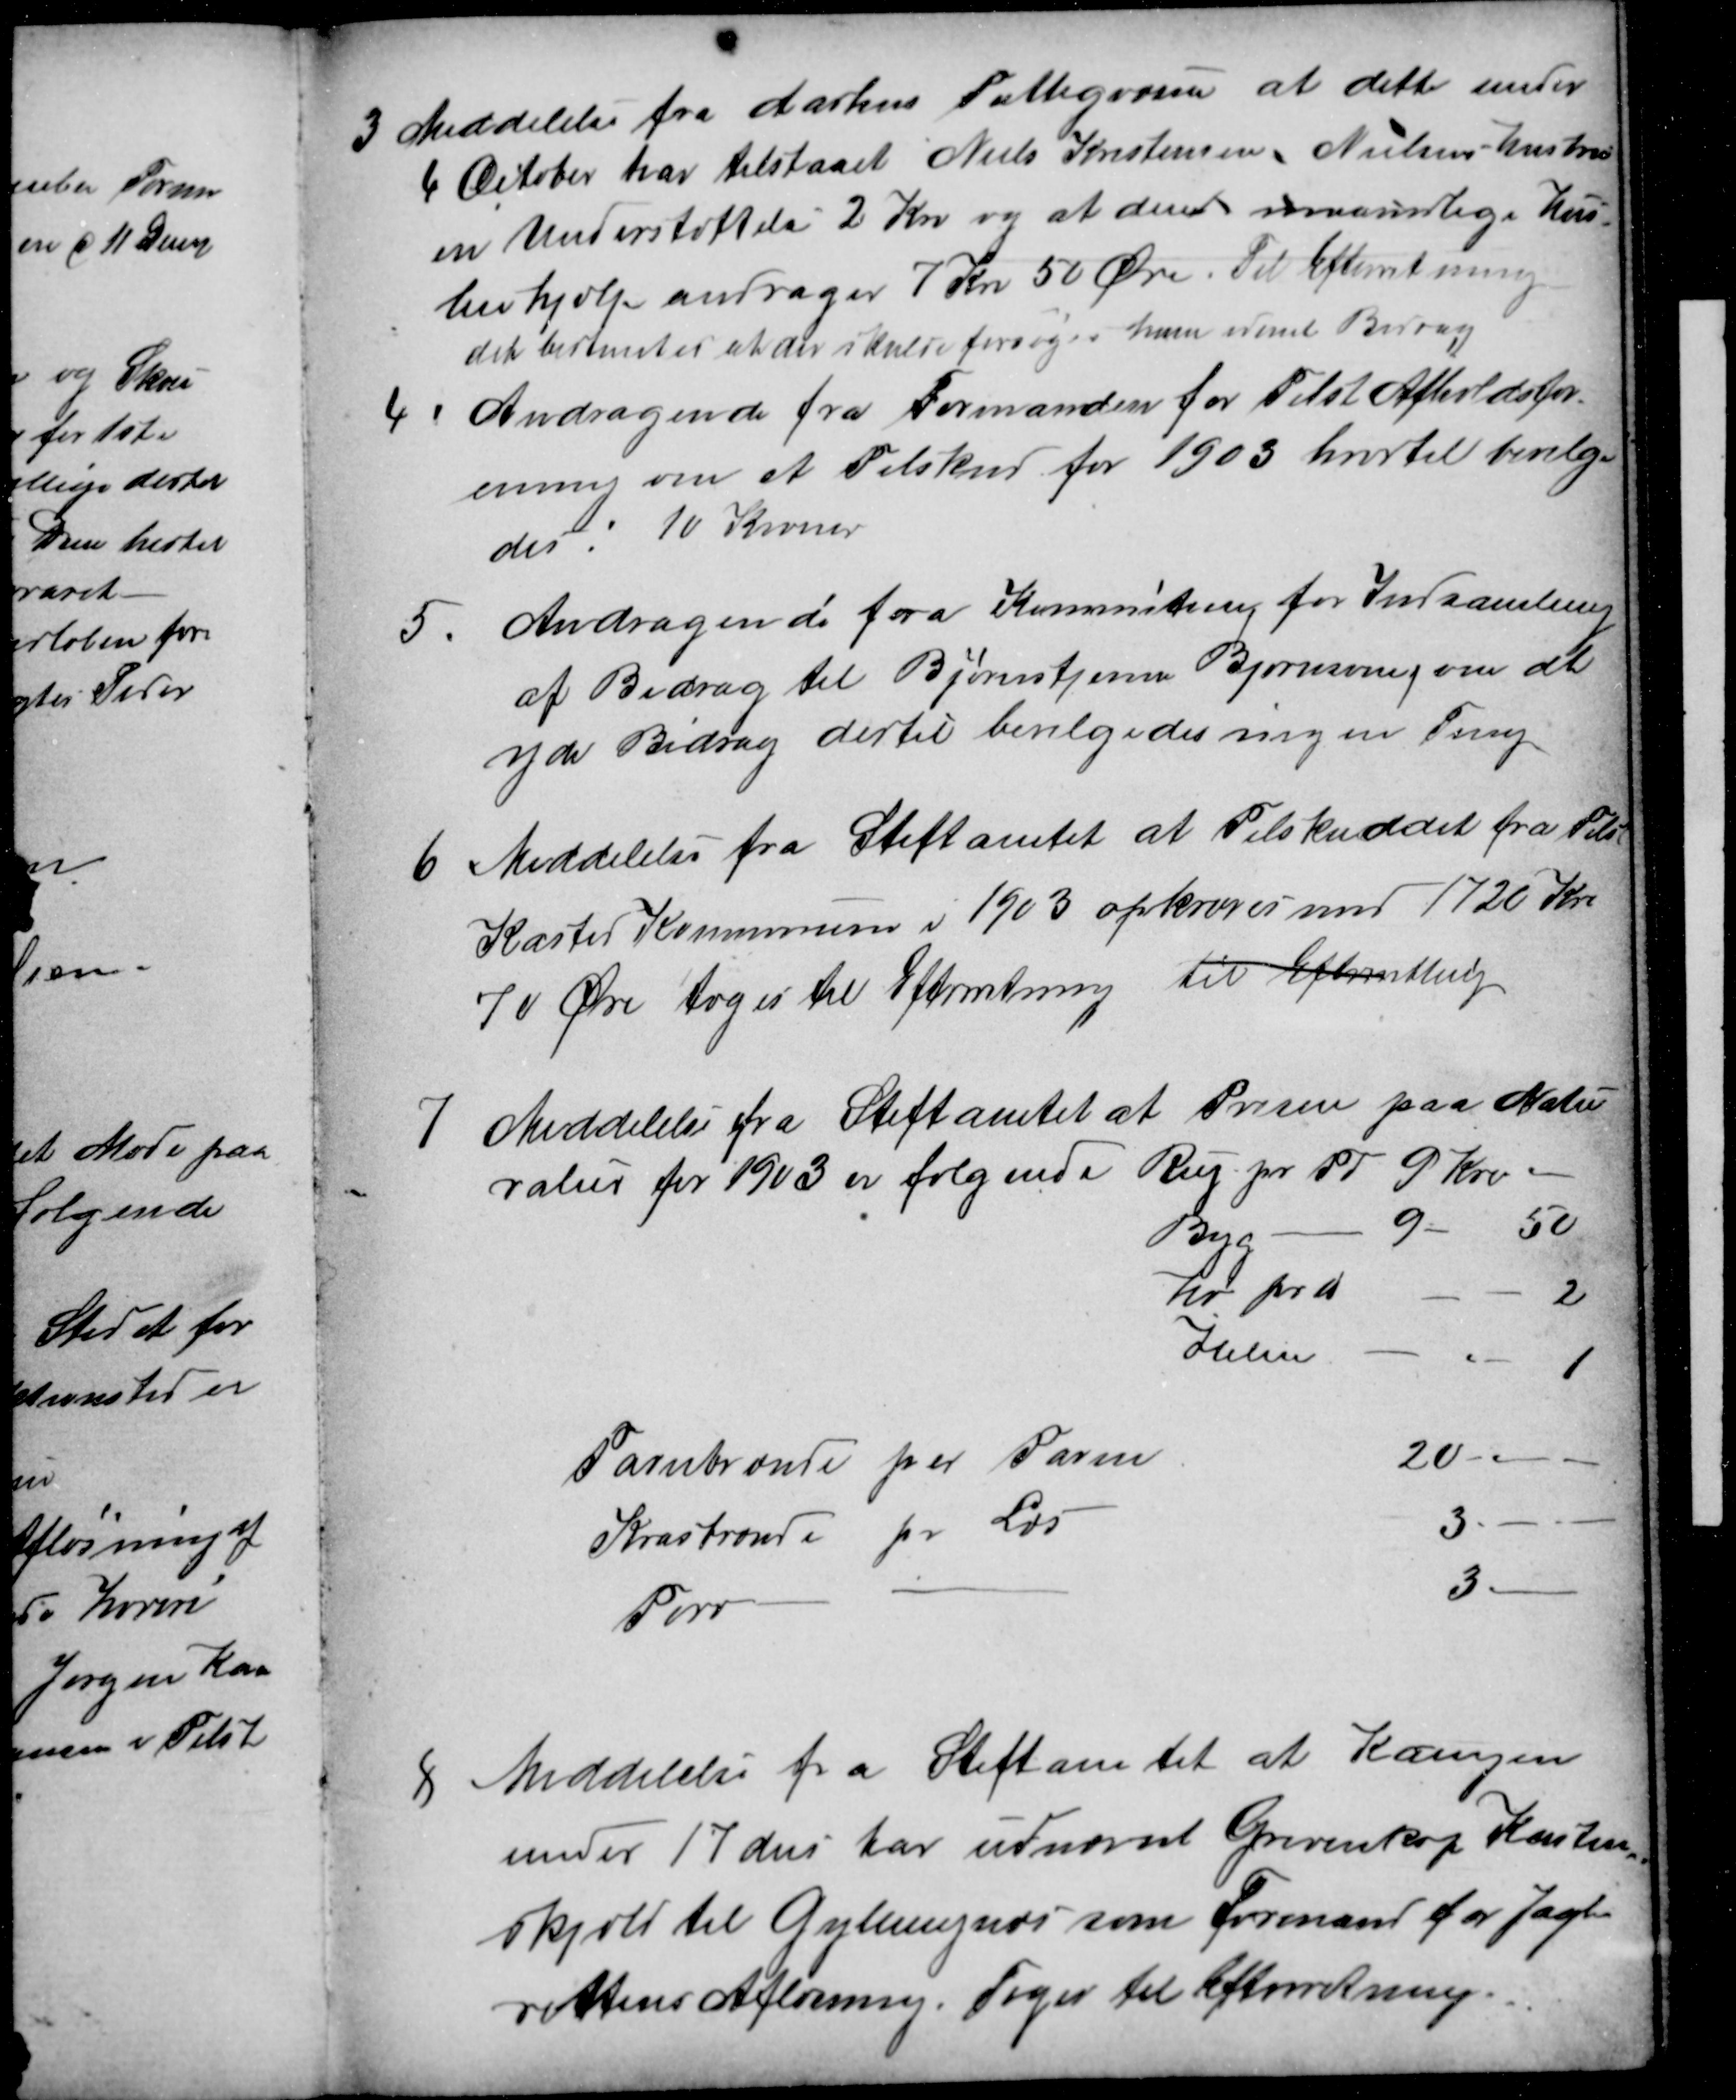
Transskription:
3 Meddelelse fra Aarhus Fattigvæsen at dette under
4 October har tilstaaet Niels Kristensen Nielsens Hustru
en Understøttelse 2 Kr og at den maanedlige Hus-
leiehjælp andrager 7 Kr 50 Øre. Til Efterretning
det bestemtes at der skulde forsøges hende idømt Bidrag
4
Andragende fra Formanden for Tilst Afholdsfor-
ening om et Tilskud for 1903 hvortil bevilge
des: 10 Kroner
5
Andragende fra Kommiteen for Indsamling
af Bidrag til Bjørnstjerne Bjørnsonsag om at
yde Bidrag dertil bevilgedes ingen Ting
6
Meddelelse fra Stiftamtet at Tilskuddet fra Tilst
Kasted Kommune i 1903 opkræves med 1720 Kro
70 Øre toges til Efterretning til Efterretting
7
Meddelelse fra Stiftamtet at Prisen paa Natu
ralier for 1903 er følgende
Rug pr Td 9 Kro.
Byg
9-
50
Hø pr ℔
2
Halm
1
Favnbrænde per Favn
20
Kvasbrænde pr Læs
3
Tørv
3
8
Meddelelse fra Stiftamtet at Kongen
under 17 dns har udnævnt Grevenkop Kasten
skjold til Gyllingnæs som Formand for Jagt-
rettens Afløsning. Toges til Efterretning.